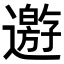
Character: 𨘋